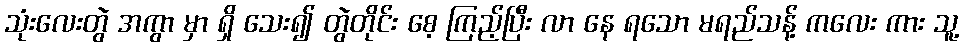
သုံးလေးတွဲ အကွာ မှာ ရှိ သေး၍ တွဲတိုင်း စေ့ ကြည့်ပြီး လာ နေ ရသော မရည်သန့် ကလေး ကား သူ့